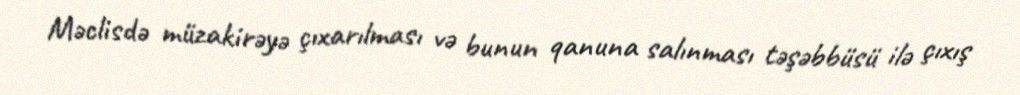
Məclisdə müzakirəyə çıxarılması və bunun qanuna salınması təşəbbüsü ilə çıxış